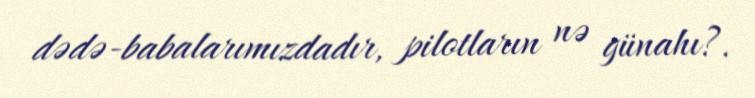
dədə-babalarımızdadır, pilotların nə günahı?.